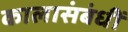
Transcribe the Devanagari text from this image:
कालासंबंधीं